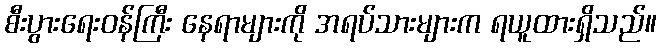
စီးပွားရေးဝန်ကြီး နေရာများကို အရပ်သားများက ရယူထားရှိသည်။